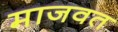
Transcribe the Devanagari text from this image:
माजवत